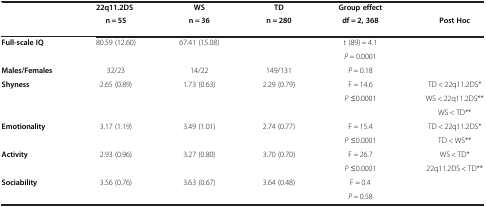
<table><thead><tr><td rowspan="2">[EMPTY_CELL]</td><td><b>22q11.2DS</b></td><td><b>WS</b></td><td><b>TD</b></td><td><b>Group effect</b></td><td>[EMPTY_CELL]</td></tr><tr><td><b>n = 55</b></td><td><b>n = 36</b></td><td><b>n = 280</b></td><td><b>df = 2, 368</b></td><td><b>Post Hoc</b></td></tr></thead><tbody><tr><td rowspan="2"><b>Full-scale IQ</b></td><td rowspan="2">80.59 (12.60)</td><td rowspan="2">67.41 (15.08)</td><td rowspan="2">[EMPTY_CELL]</td><td>t (89) = 4.1</td><td rowspan="2">[EMPTY_CELL]</td></tr><tr><td><i>P</i> = 0.0001</td></tr><tr><td><b>Males/Females</b></td><td>32/23</td><td>14/22</td><td>149/131</td><td><i>P</i> = 0.18</td><td>[EMPTY_CELL]</td></tr><tr><td><b>Shyness</b></td><td>2.65 (0.89)</td><td>1.73 (0.63)</td><td>2.29 (0.79)</td><td>F = 14.6</td><td>TD &lt; 22q11.2DS*</td></tr><tr><td>[EMPTY_CELL]</td><td>[EMPTY_CELL]</td><td>[EMPTY_CELL]</td><td>[EMPTY_CELL]</td><td><i>P</i> ≤0.0001</td><td>WS &lt; 22q11.2DS**</td></tr><tr><td>[EMPTY_CELL]</td><td>[EMPTY_CELL]</td><td>[EMPTY_CELL]</td><td>[EMPTY_CELL]</td><td>[EMPTY_CELL]</td><td>WS &lt; TD**</td></tr><tr><td><b>Emotionality</b></td><td>3.17 (1.19)</td><td>3.49 (1.01)</td><td>2.74 (0.77)</td><td>F = 15.4</td><td>TD &lt; 22q11.2DS*</td></tr><tr><td>[EMPTY_CELL]</td><td>[EMPTY_CELL]</td><td>[EMPTY_CELL]</td><td>[EMPTY_CELL]</td><td><i>P</i> ≤0.0001</td><td>TD &lt; WS**</td></tr><tr><td><b>Activity</b></td><td>2.93 (0.96)</td><td>3.27 (0.80)</td><td>3.70 (0.70)</td><td>F = 26.7</td><td>WS &lt; TD*</td></tr><tr><td>[EMPTY_CELL]</td><td>[EMPTY_CELL]</td><td>[EMPTY_CELL]</td><td>[EMPTY_CELL]</td><td><i>P</i> ≤0.0001</td><td>22q11.2DS &lt; TD**</td></tr><tr><td><b>Sociability</b></td><td>3.56 (0.76)</td><td>3.63 (0.67)</td><td>3.64 (0.48)</td><td>F = 0.4</td><td rowspan="2">[EMPTY_CELL]</td></tr><tr><td>[EMPTY_CELL]</td><td>[EMPTY_CELL]</td><td>[EMPTY_CELL]</td><td>[EMPTY_CELL]</td><td><i>P</i> = 0.58</td></tr></tbody></table>